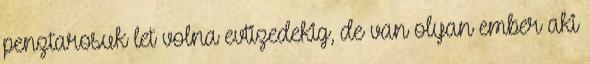
penztarosuk let volna evtizedekig, de van olyan ember aki